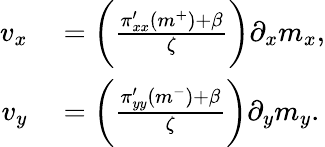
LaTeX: \begin{array}{rl}{v_{x}}&{{}=\bigg(\frac{\pi_{xx}^{\prime}(m^{+})+\beta}{\zeta}\bigg)\partial_{x}m_{x},}\\ {v_{y}}&{{}=\bigg(\frac{\pi_{yy}^{\prime}(m^{-})+\beta}{\zeta}\bigg)\partial_{y}m_{y}.}\end{array}